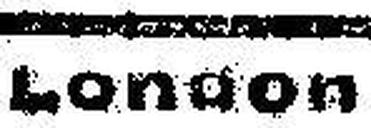
London